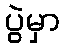
ပွဲမှာ